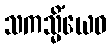
သကသ္မိံယေဝ